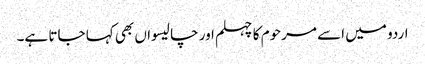
اردو میں اسے مرحوم کا چہلم اور چالیسواں بھی کہا جاتا ہے۔